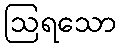
ဩရသော